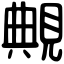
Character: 覥